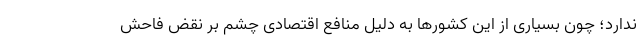
ندارد؛ چون بسیاری از این کشورها به دلیل منافع اقتصادی چشم بر نقض فاحش